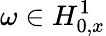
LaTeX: \omega\in H_{0,x}^{1}